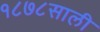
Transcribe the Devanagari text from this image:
१८७८साली